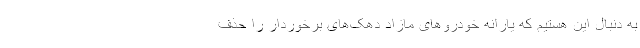
به دنبال این هستیم که یارانه خودروهای مازاد دهک‌های برخوردار را حذف